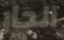
الحار